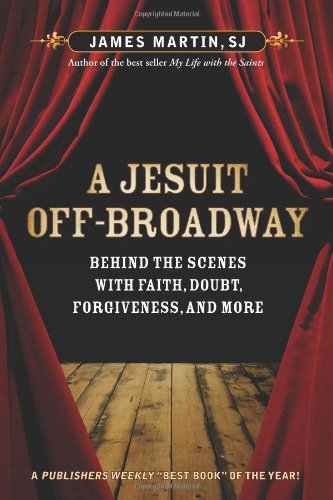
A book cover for A Jesuit Off-Broadway: Behind the Scenes with Faith, Doubt, Forgiveness, and More; James Martin SJ; Literature & Fiction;